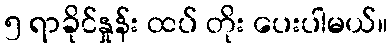
၅ ရာခိုင်နှုန်း ထပ် တိုး ပေးပါမယ်။